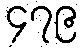
၄၇၉